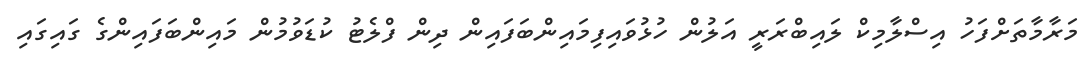
މަރާމާތަށްފަހު އިސްލާމިކް ލައިބްރަރީ އަލުން ހުޅުވައިފިމައިންބަފައިން ދިން ފްލެޓު ކުޑަވުމުން މައިންބަފައިންގެ ގައިގައި